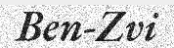
Ben-Zvi